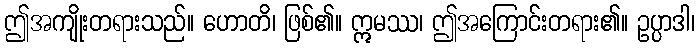
ဤအကျိုးတရားသည်။ ဟောတိ၊ ဖြစ်၏။ ဣမဿ၊ ဤအကြောင်းတရား၏။ ဥပ္ပာဒါ၊